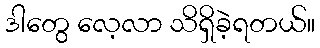
ဒါတွေ လေ့လာ သိရှိခဲ့ရတယ်။